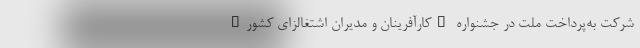
شرکت به‌پرداخت ملت در جشنواره "کارآفرینان و مدیران اشتغالزای کشور"